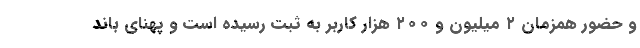
و حضور همزمان ٢ میلیون و ۲۰۰ هزار کاربر به ثبت رسیده است و پهنای باند